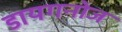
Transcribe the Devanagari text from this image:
डायगनोज